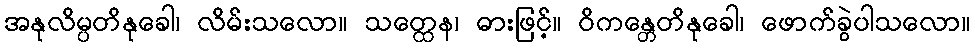
အနုလိမ္ပတိနုခေါ၊ လိမ်းသလော။ သတ္ထေန၊ ဓားဖြင့်။ ဝိကန္တေတိနုခေါ၊ ဖောက်ခွဲပါသလော။